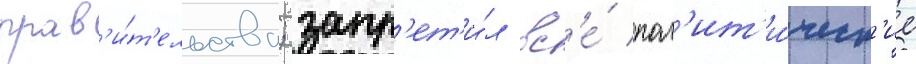
прав'и́т'ельства; запр'ет'и́л вс'е́ пол'ит'и́ческ'ие